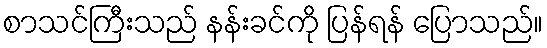
စာသင်ကြီးသည် နန်းခင်ကို ပြန်ရန် ပြောသည်။